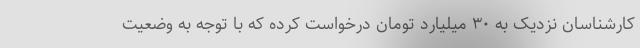
کارشناسان نزدیک به ۳۰ میلیارد تومان درخواست کرده که با توجه به وضعیت